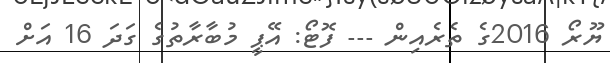
ޔޫރޯ 2016ގެ ތެރެއިން --- ފޮޓޯ: އޭޕީ މުބާރާތުގެ ގަދަ 16 އަށް